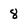
Character: 8